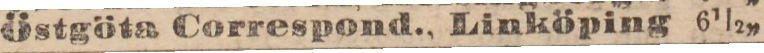
Östgöta Correspond., Linköping 6 1/2 „